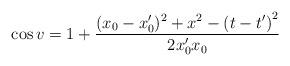
LaTeX: \begin{align*}\cos v=1+\frac{(x_{0}-x_{0}^{\prime })^{2}+x^{2}-\left( t-t^{\prime }\right)^{2}}{2x_{0}^{\prime }x_{0}}\end{align*}